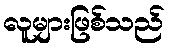
လူများဖြစ်သည်